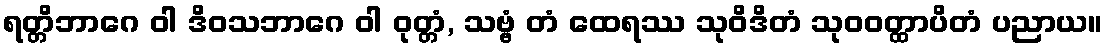
ရတ္တိဘာဂေ ဝါ ဒိဝသဘာဂေ ဝါ ဝုတ္တံ, သဗ္ဗံ တံ ထေရဿ သုဝိဒိတံ သုဝဝတ္ထာပိတံ ပညာယ။